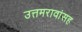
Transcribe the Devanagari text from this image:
उत्तमरावांसह